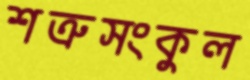
শত্রুসংকুল